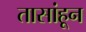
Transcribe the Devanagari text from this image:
तासांहून